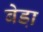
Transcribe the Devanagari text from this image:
बेडा़